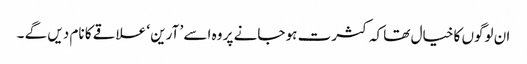
ان لوگوں کا خیال تھا کہ کثرت ہو جانے پر وہ اسے ’ آرین ‘ علاقے کا نام دیں گے ۔